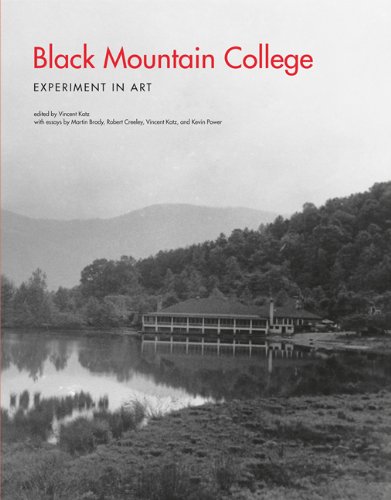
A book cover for Black Mountain College: Experiment in Art; Arts & Photography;